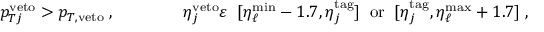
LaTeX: p _ { T j } ^ { \mathrm { v e t o } } > p _ { T , \mathrm { v e t o } } \; , \qquad \qquad \eta _ { j } ^ { \mathrm { v e t o } } \varepsilon \; \; [ \eta _ { \ell } ^ { \mathrm { m i n } } - 1 . 7 , \eta _ { j } ^ { \mathrm { t a g } } ] \; \; \mathrm { o r } \; \; [ \eta _ { j } ^ { \mathrm { t a g } } , \eta _ { \ell } ^ { \mathrm { m a x } } + 1 . 7 ] \; ,